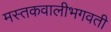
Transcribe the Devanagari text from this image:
मस्तकवालीभगवती